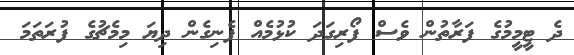
ދެ ޓީމީމުގެ ފަރާތުން ވެސް ފޯރިގަދަ ކުޅުމެއް ފެނިގެން ދިޔަ މިމެޗުގެ ފުރަތަމަ